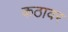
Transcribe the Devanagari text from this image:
कठावर